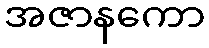
အဇာနကော